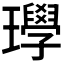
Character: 𱰁